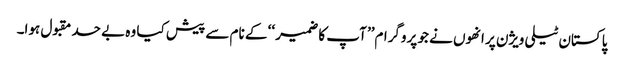
پاکستان ٹیلی ویژن پر انھوں نے جو پروگرام’’ آپ کا ضمیر ‘‘ کے نام سے پیش کیا وہ بے حد مقبول ہوا۔